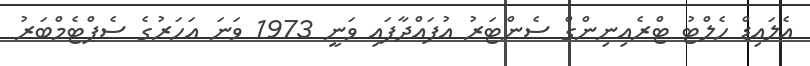
އެލައިޑް ހެލްޓު ޓްރެއިނިންގް ސެންޓަރު އުފައްދާފައި ވަނީ 1973 ވަނަ އަހަރުގެ ސެޕްޓެމްބަރު